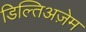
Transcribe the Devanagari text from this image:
डिल्तिअज़ेम